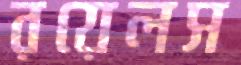
রয়েলস